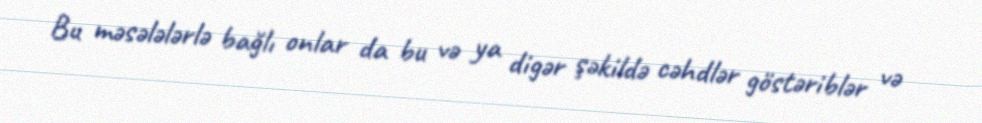
Bu məsələlərlə bağlı onlar da bu və ya digər şəkildə cəhdlər göstəriblər və